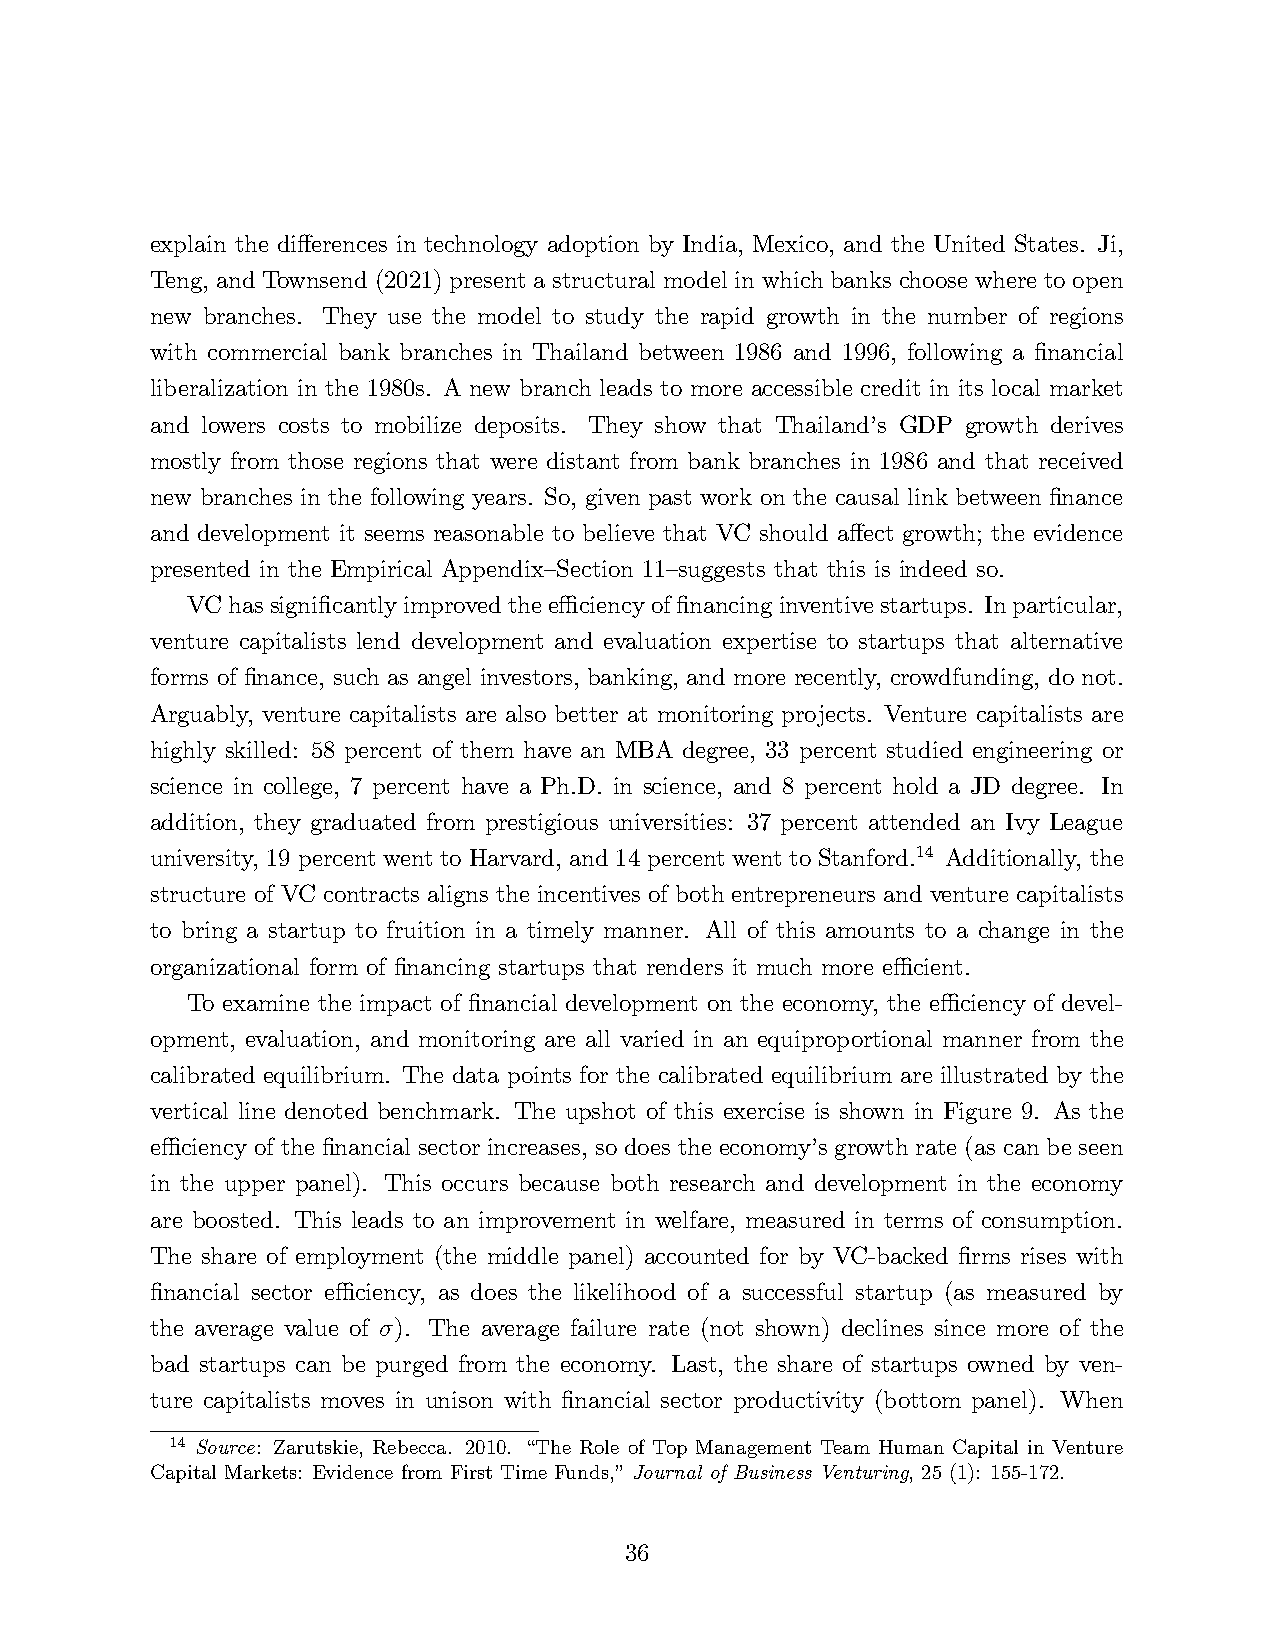
explain the differences in technology adoption by India, Mexico, and the United States. Ji,
 Teng, and Townsend (2021) present a structural model in which banks choose where to open
 new branches. They use the model to study the rapid growth in the number of regions
 with commercial bank branches in Thailand between 1986 and 1996, following a financial
 liberalization in the 1980s. A new branch leads to more accessible credit in its local market
 and lowers costs to mobilize deposits. They show that Thailand’s GDP growth derives
 mostly from those regions that were distant from bank branches in 1986 and that received
 new branches in the following years. So, given past work on the causal link between finance
 and development it seems reasonable to believe that VC should affect growth; the evidence
 presented in the Empirical Appendix—Section 11—suggests that this is indeed so.
 VC has significantly improved the effi ciency of financing inventive startups. In particular,
 venture capitalists lend development and evaluation expertise to startups that alternative
 forms of finance, such as angel investors, banking, and more recently, crowdfunding, do not.
 Arguably, venture capitalists are also better at monitoring projects. Venture capitalists are
 highly skilled: 58 percent of them have an MBA degree, 33 percent studied engineering or
 science in college, 7 percent have a Ph.D. in science, and 8 percent hold a JD degree. In
 addition, they graduated from prestigious universities: 37 percent attended an Ivy League
 university, 19 percent went to Harvard, and 14 percent went to Stanford.14 Additionally, the
 structure of VC contracts aligns the incentives of both entrepreneurs and venture capitalists
 to bring a startup to fruition in a timely manner. All of this amounts to a change in the
 organizational form of financing startups that renders it much more effi cient.
 To examine the impact of financial development on the economy, the effi ciency of devel-
 opment, evaluation, and monitoring are all varied in an equiproportional manner from the
 calibrated equilibrium. The data points for the calibrated equilibrium are illustrated by the
 vertical line denoted benchmark. The upshot of this exercise is shown in Figure 9. As the
 effi ciency of the financial sector increases, so does the economy’s growth rate (as can be seen
 in the upper panel). This occurs because both research and development in the economy
 are boosted. This leads to an improvement in welfare, measured in terms of consumption.
 The share of employment (the middle panel) accounted for by VC-backed firms rises with
 financial sector effi ciency, as does the likelihood of a successful startup (as measured by
 the average value of σ). The average failure rate (not shown) declines since more of the
 bad startups can be purged from the economy. Last, the share of startups owned by ven-
 ture capitalists moves in unison with financial sector productivity (bottom panel). When
 14 Source: Zarutskie, Rebecca. 2010. “The Role of Top Management Team Human Capital in Venture
 Capital Markets: Evidence from First Time Funds,”Journal of Business Venturing, 25 (1): 155-172.
 36